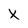
Character: X